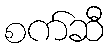
စက်ဆီ